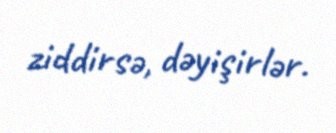
ziddirsə, dəyişirlər.